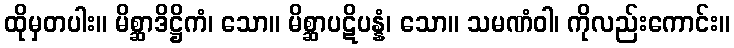
ထိုမှတပါး။ မိစ္ဆာဒိဋ္ဌိကံ၊ သော။ မိစ္ဆာပဋိပန္နံ၊ သော။ သမဏံဝါ၊ ကိုလည်းကောင်း။